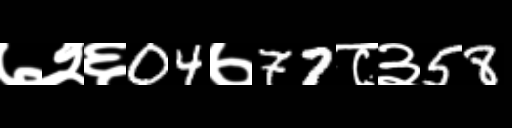
Text: ७२६04७77८३58